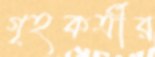
গৃহকর্ত্রীর